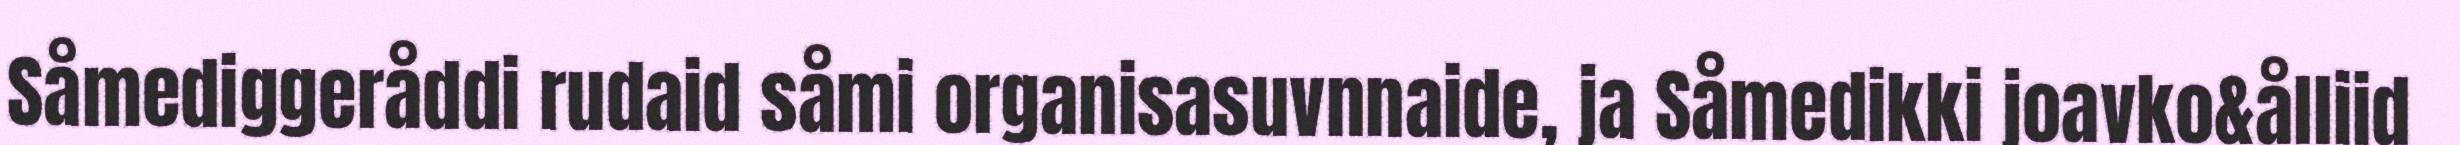
Såmediggeråddi rudaid såmi organisasuvnnaide, ja Såmedikki joavko&ålliid